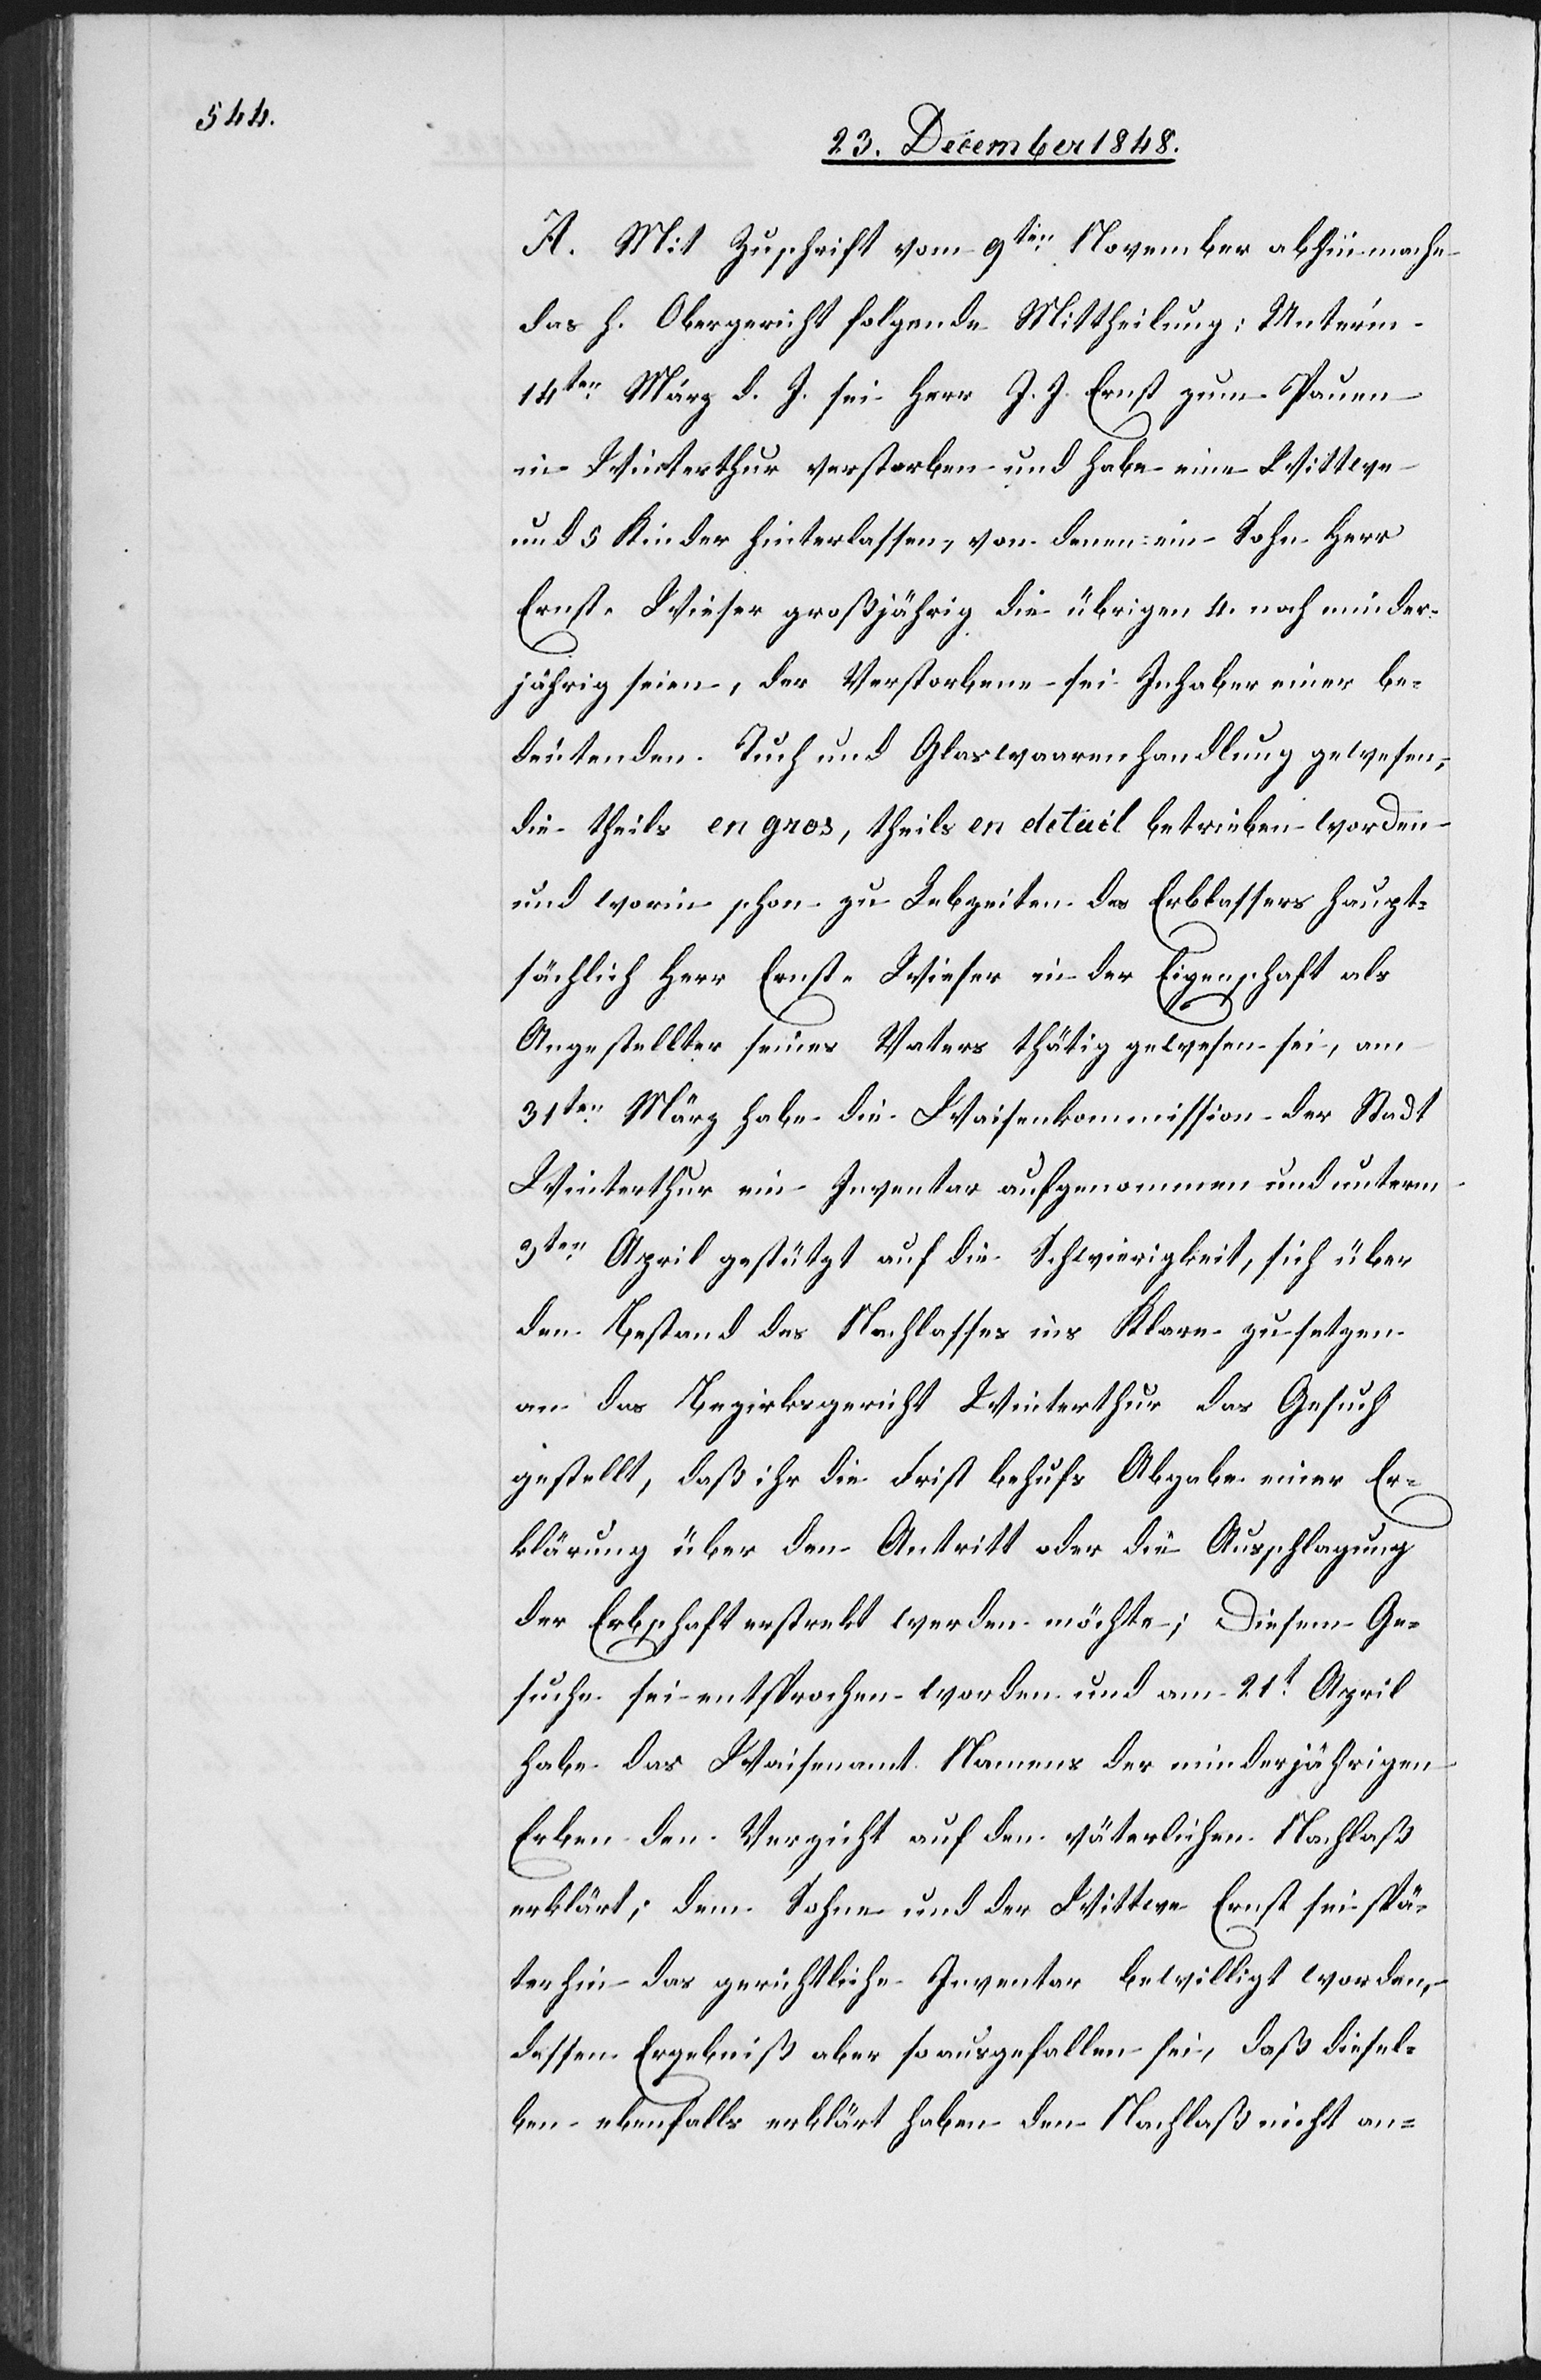
A. Mit Zuschrift vom 9ten November abhin mache
das h. Obergericht folgende Mittheilung: Unter’m
14ten März d. J. sei Herr J. J. Ernst zum P[f]auen
in Winterthur verstorben und habe eine Wittwe
und 5 Kinder hinterlassen, von denen ein Sohn Herr
Ernst-Wieser großjährig die übrigen 4. noch minder¬
jährig seien, der Verstorbene sei Inhaber einer be¬
deutenden Tuch und Glaswaarenhandlung gewesen,
die theils en gros, theils en detail betrieben worden
und worin schon zu Lebzeiten des Erblassers haupt¬
sächlich Herr Ernst-Wieser in der Eigenschaft als
Angestellter seines Vaters thätig gewesen sei, am
31ten März habe die Waisenkommission der Stadt
Winterthur ein Inventar aufgenommen und unterm
3ten April gestützt auf die Schwierigkeit, sich über
den Bestand des Nachlasses ins Klare zu setzen
an das Bezirksgericht Winterthur das Gesuch
gestellt, daß ihr die Frist behufs Abgabe einer Er¬
klärung über den Antritt oder die Ausschlagung
der Erbschaft erstrekt werden möchte; Diesem Ge¬
suche sei entsprochen worden und am 21t April
habe das Waisenamt Namens der minderjährigen
Erben den Verzicht auf den väterlichen Nachlaß
erklärt; dem Sohne und der Wittwe Ernst sei spä¬
terhin das gerichtliche Inventar bewilligt worden,
dessen Ergebniß aber so ausgefallen sei, daß diesel¬
ben ebenfalls erklärt haben den Nachlaß nicht an-